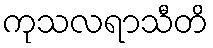
ကုသလရာသီတိ